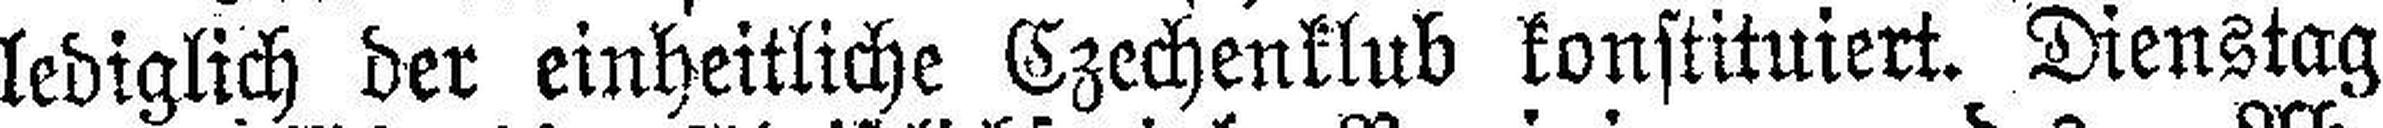
lediglich der einheitliche Czechenklub konstituiert. Dienstag